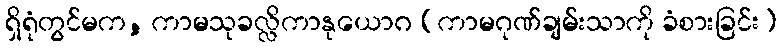
ရှိရုံတွင်မက, ကာမသုခလ္လိကာနုယောဂ (ကာမဂုဏ်ချမ်းသာကို ခံစားခြင်း)